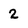
Character: 2